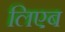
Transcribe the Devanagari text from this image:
लिएब